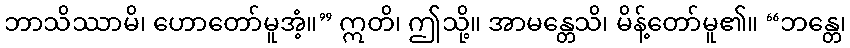
ဘာသိဿာမိ၊ ဟောတော်မူအံ့။” ဣတိ၊ ဤသို့။ အာမန္တေသိ၊ မိန့်တော်မူ၏။ “ဘန္တေ၊